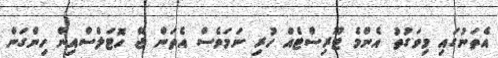
އެތަނުގައި މިވަގުތު އެންމެ ޓޫރިސްޓެއް ހުރި ނަމަވެސް އެތަން ޖޭ ހޮޓަލްސްއިން ހިންގަން